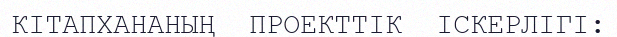
КІТАПХАНАНЫҢ  ПРОЕКТТІК  ІСКЕРЛІГІ: